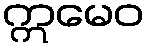
ဣမေဝ